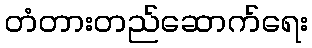
တံတားတည်ဆောက်ရေး